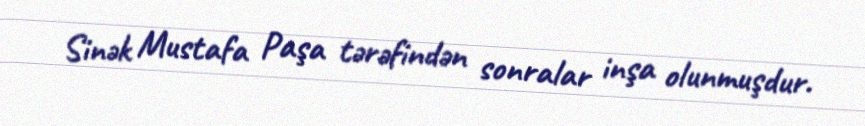
Sinək Mustafa Paşa tərəfindən sonralar inşa olunmuşdur.